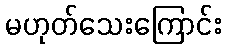
မဟုတ်သေးကြောင်း